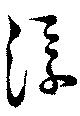
浮